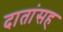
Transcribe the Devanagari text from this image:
दातांसह